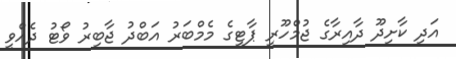
އަދި ކާށިދޫ ދާއިރާގެ ޖުމްހޫރީ ޕާޓީގެ މެމްބަރު އަބްދު ޖާބިރު ވޯޓު ދެއްވީ